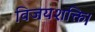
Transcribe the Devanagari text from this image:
विजयशक्ति।